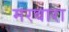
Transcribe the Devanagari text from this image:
मरवारा